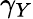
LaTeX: \gamma_{Y}